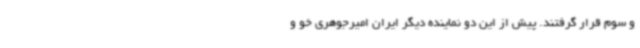
و سوم قرار گرفتند. پیش از این دو نماینده دیگر ایران امیرجوهری خو و